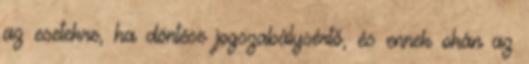
az esetekre, ha döntése jogszabálysértő, és ennek okán az